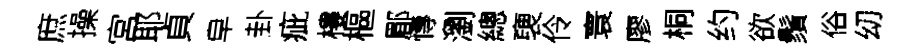
庶操宮耶貞皁卦疵樓樞郿慱瀏總褏伶寰廖桐约欲鬚俗㓜